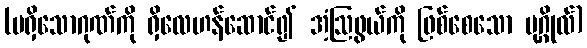
(မရှိသောဂုဏ်ကို ရှိလေဟန်ဆောင်၍ အံ့ဩဖွယ်ကို ဖြစ်စေသော ပုဂ္ဂိုလ်)